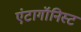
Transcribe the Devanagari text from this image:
एंटागॉनिस्ट